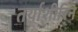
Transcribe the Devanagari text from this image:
तर्याशीरिन